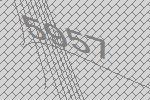
5957